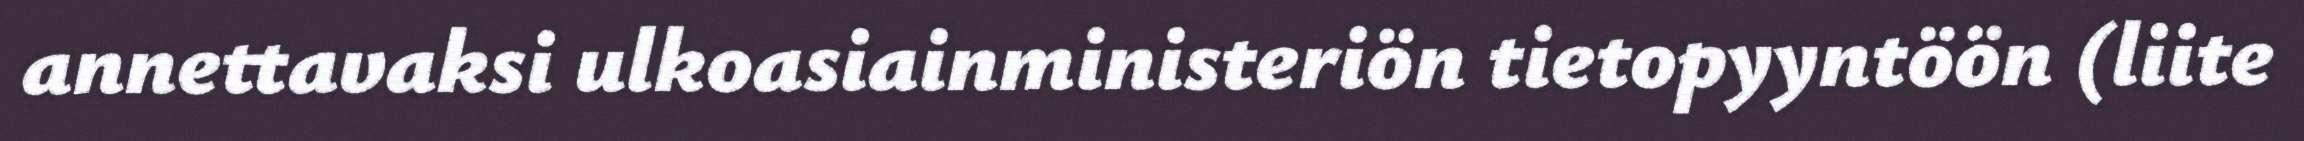
annettavaksi ulkoasiainministeriön tietopyyntöön (liite